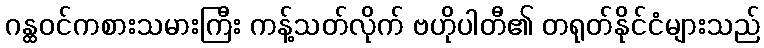
ဂန္ထဝင်ကစားသမားကြီး ကန့်သတ်လိုက် ဗဟိုပါတီ၏ တရုတ်နိုင်ငံများသည်